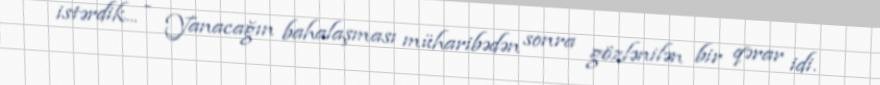
istərdik... - Yanacağın bahalaşması müharibədən sonra gözlənilən bir qərar idi.